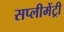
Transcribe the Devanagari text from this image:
सप्लीमेंट्री